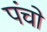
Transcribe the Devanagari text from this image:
पंचो